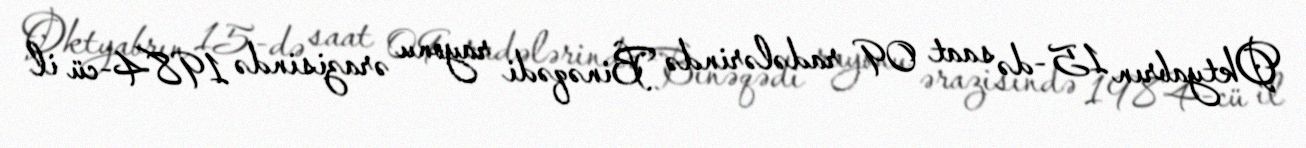
Oktyabrın 15-də saat 09 radələrində Binəqədi rayonu ərazisində 1984-cü il